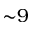
\mathord { \sim } 9